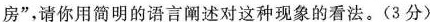
房”，请你用简明的语言阐述对这种现象的看法。(3分)